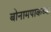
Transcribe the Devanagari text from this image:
बोनामपाकच्या